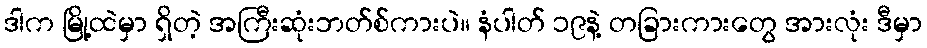
ဒါက မြို့ထဲမှာ ရှိတဲ့ အကြီးဆုံးဘတ်စ်ကားပဲ။ နံပါတ် ၁၉နဲ့ တခြားကားတွေ အားလုံး ဒီမှာ